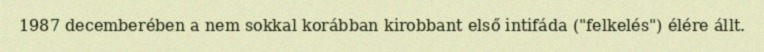
1987 decemberében a nem sokkal korábban kirobbant első intifáda ("felkelés") élére állt.